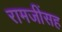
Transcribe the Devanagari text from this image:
रामजींसह